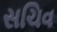
સચિવ